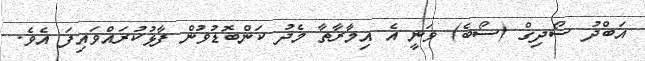
އަބްދު ސޯދިގް (ސޯބެ) ވަނީ އެ އިމާރާތާ މެދު ކަންބޮޑުވުން ފާޅުކުރައްވައިފަ އެވެ.